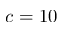
c = 1 0